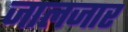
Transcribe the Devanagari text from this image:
जालजार